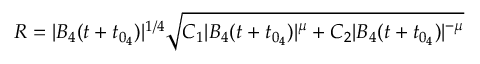
R = | B _ { 4 } ( t + t _ { 0 _ { 4 } } ) | ^ { 1 / 4 } \sqrt { C _ { 1 } | B _ { 4 } ( t + t _ { 0 _ { 4 } } ) | ^ { \mu } + C _ { 2 } | B _ { 4 } ( t + t _ { 0 _ { 4 } } ) | ^ { - \mu } }